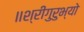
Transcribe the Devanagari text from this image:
॥श्रीगुरुभ्यो